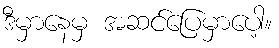
ဒီမှာနေမှ အဆင်ပြေမှာပေါ့။